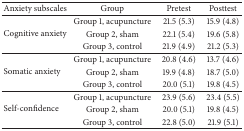
<table><thead><tr><td><b>Anxiety subscales </b></td><td><b>Group</b></td><td><b>Pretest</b></td><td><b>Posttest</b></td></tr></thead><tbody><tr><td rowspan="3">Cognitive anxiety </td><td>Group 1, acupuncture </td><td>21.5 (5.3)</td><td>15.9 (4.8)</td></tr><tr><td>Group 2, sham</td><td>22.1 (5.4)</td><td>19.6 (5.8)</td></tr><tr><td>Group 3, control</td><td>21.9 (4.9)</td><td>21.2 (5.3)</td></tr><tr><td rowspan="3">Somatic anxiety</td><td>Group 1, acupuncture </td><td>20.8 (4.6)</td><td>13.7 (4.6)</td></tr><tr><td>Group 2, sham</td><td>19.9 (4.8)</td><td>18.7 (5.0)</td></tr><tr><td>Group 3, control</td><td>20.0 (5.1)</td><td>19.8 (4.5)</td></tr><tr><td rowspan="3">Self-confidence</td><td>Group 1, acupuncture </td><td>23.9 (5.6)</td><td>23.4 (5.5)</td></tr><tr><td>Group 2, sham</td><td>20.0 (5.1)</td><td>19.8 (4.5)</td></tr><tr><td>Group 3, control</td><td>22.8 (5.0)</td><td>21.9 (5.1)</td></tr></tbody></table>